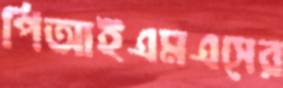
পিআইএমএসের